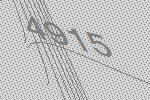
4915